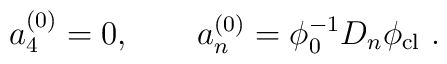
a_4^{(0)} = 0,\qquad a_n^{(0)} = \phi_0^{-1} D_n \phi_{\rm cl}\ .